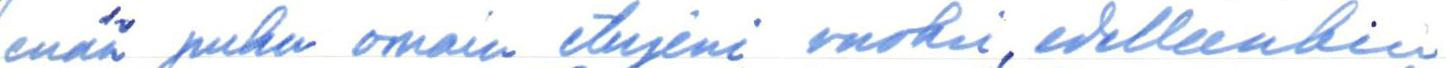
enää puhu omain etujeni vuoksi, edelleenkin